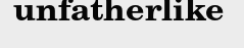
unfatherlike